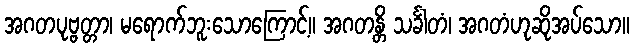
အဂတပုဗ္ဗတ္တာ၊ မရောက်ဘူးသောကြောင့်။ အဂတန္တိ သင်္ခါတံ၊ အဂတံဟုဆိုအပ်သော။